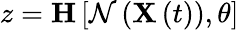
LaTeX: z=\mathbf{H}\left[\mathcal{N}\left(\mathbf{X}\left(t\right)\right),\theta\right]